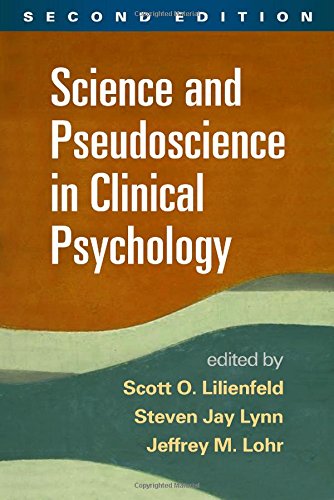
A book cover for Science and Pseudoscience in Clinical Psychology, Second Edition; Medical Books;